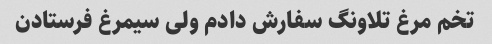
تخم مرغ تلاونگ سفارش دادم ولی سیمرغ فرستادن